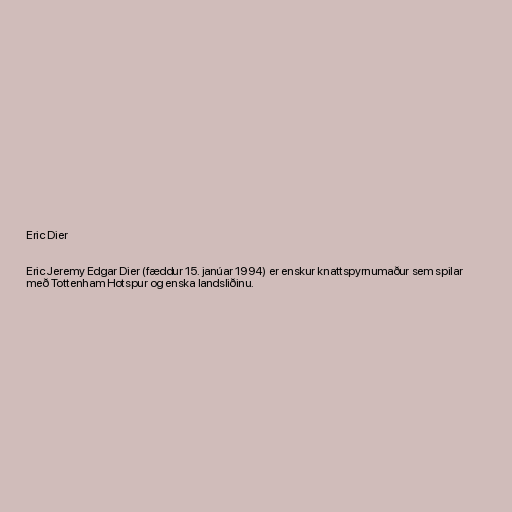
Eric Dier

Eric Jeremy Edgar Dier (fæddur 15. janúar 1994) er enskur knattspyrnumaður sem spilar
með Tottenham Hotspur og enska landsliðinu.